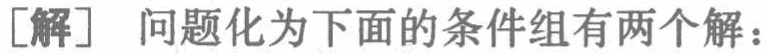
[解] 问题化为下面的条件组有两个解：